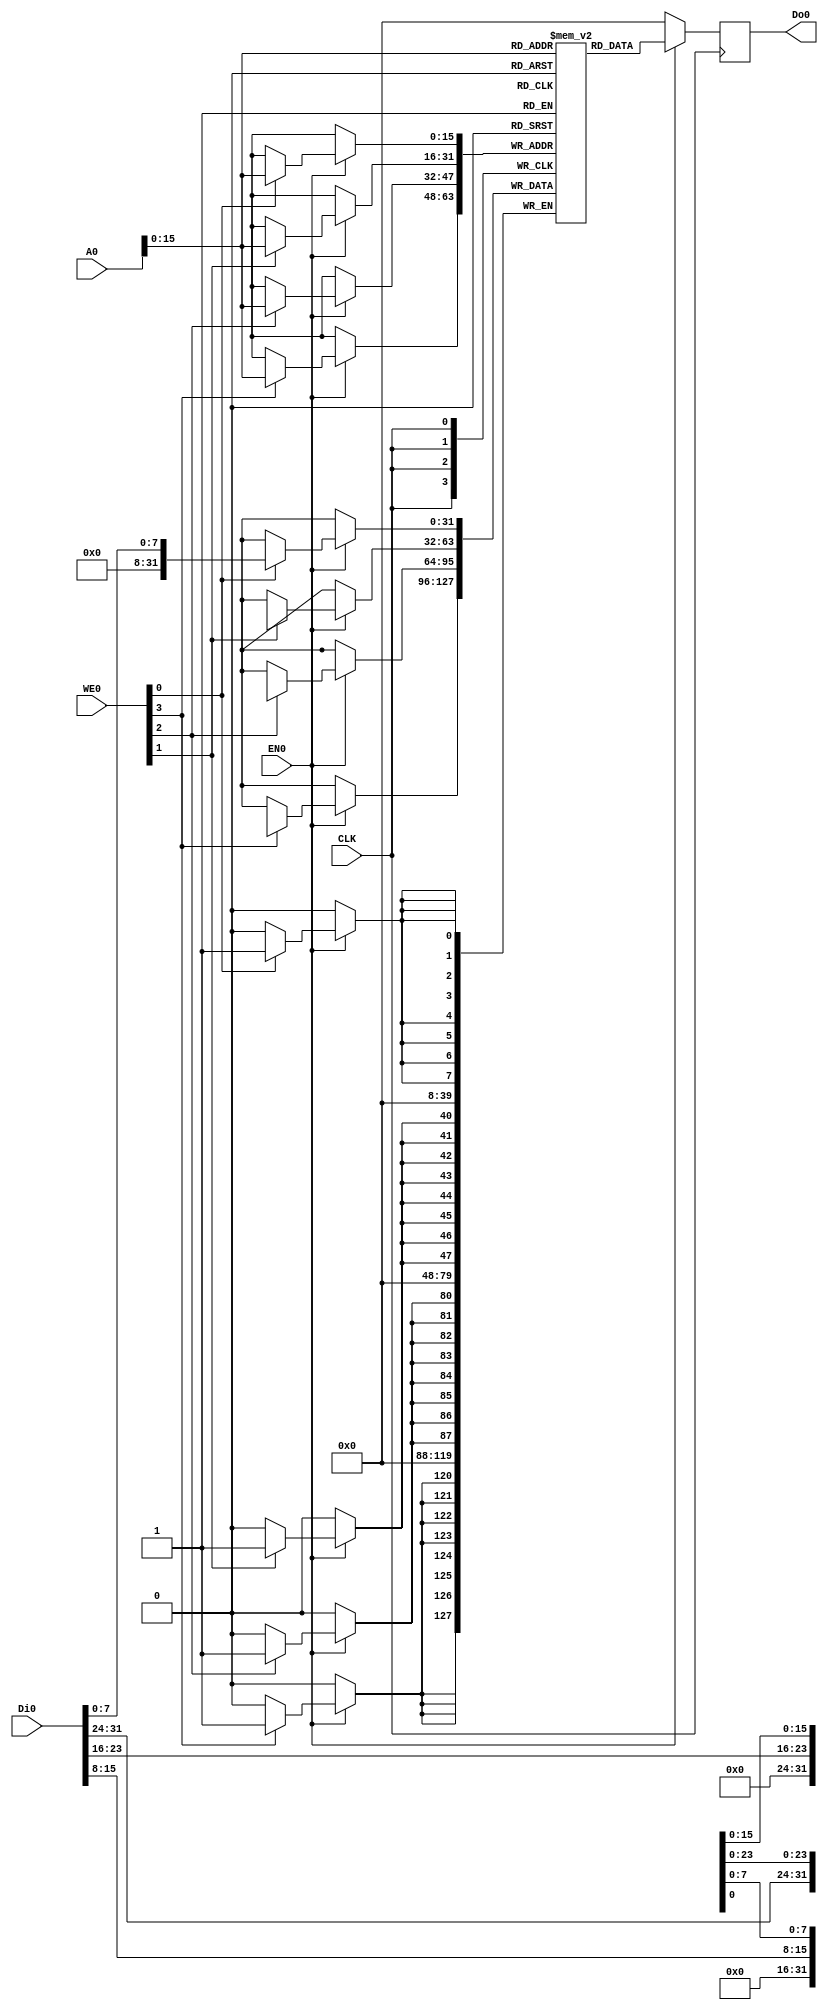
module bram(
    CLK,
    WE0,
    EN0,
    Di0,
    Do0,
    A0
);

    input   wire            CLK;
    input   wire    [3:0]   WE0;
    input   wire            EN0;
    input   wire    [31:0]  Di0;
    output  reg     [31:0]  Do0;
    input   wire    [31:0]   A0;

    // Define the size of BRAM
    parameter N = 16;
    (* ram_style = "block" *) reg [31:0] RAM[0:2**N-1];


    always @(posedge CLK)
        if(EN0) begin
            Do0 <= RAM[A0[N-1:0]];
            if(WE0[0]) RAM[A0[N-1:0]][7:0] <= Di0[7:0];
            if(WE0[1]) RAM[A0[N-1:0]][15:8] <= Di0[15:8];
            if(WE0[2]) RAM[A0[N-1:0]][23:16] <= Di0[23:16];
            if(WE0[3]) RAM[A0[N-1:0]][31:24] <= Di0[31:24];
        end
        else
            Do0 <= 32'b0;
endmodule